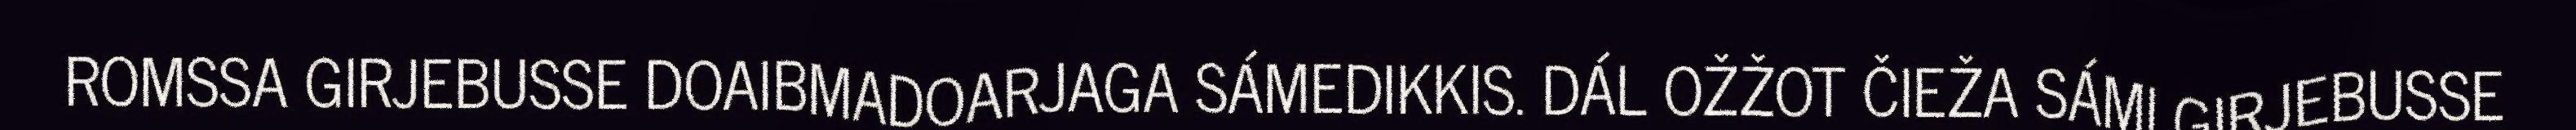
ROMSSA GIRJEBUSSE DOAIBMADOARJAGA SÁMEDIKKIS. DÁL OŽŽOT ČIEŽA SÁMI GIRJEBUSSE